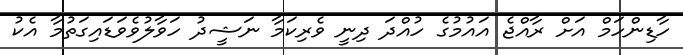
ހާޑިންހަމް އަށް ރާއްޖެ އައުމުގެ ހުއްދަ ދިނީ ވެރިކަމާ ނަޝީދު ހަވާލުވެވަޑައިގަތުމާ އެކު